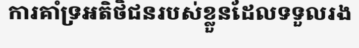
ការគាំទ្រអតិថិជនរបស់ខ្លួនដែលទទួលរង